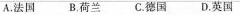
A.法国 B.荷兰 C.德国 D.英国